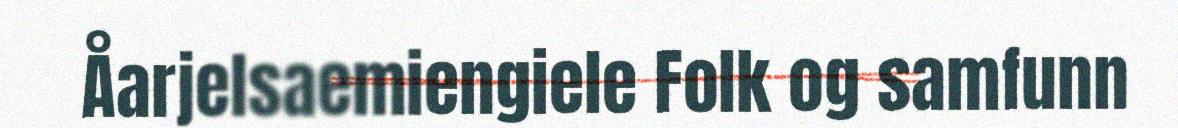
Åarjelsaemiengiele Folk og samfunn